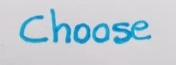
Choose